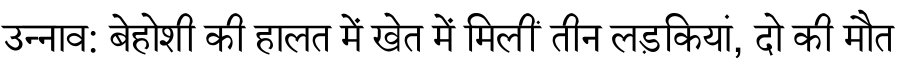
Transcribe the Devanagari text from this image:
उन्नाव: बेहोशी की हालत में खेत में मिलीं तीन लड़कियां, दो की मौत